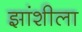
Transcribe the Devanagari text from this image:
झांशीला